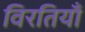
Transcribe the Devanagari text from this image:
विरतियाँ